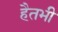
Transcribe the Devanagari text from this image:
हैतभी